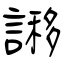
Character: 謻